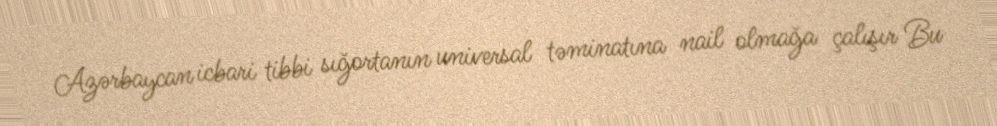
Azərbaycan icbari tibbi sığortanın universal təminatına nail olmağa çalışır Bu